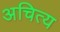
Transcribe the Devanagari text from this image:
अचित्य